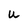
Character: U